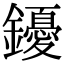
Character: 䥳